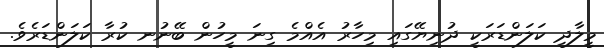
މީލާދީ ކަލަންޑަރަކީ ދުނިޔޭގައި މިހާރު އެއްމެ ގިނަ މީހުން ބޭނުނ ކުރާ ކަލަންޑަރެވެ.